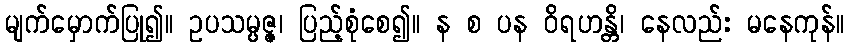
မျက်မှောက်ပြု၍။ ဥပသမ္ပဇ္ဇ၊ ပြည့်စုံစေ၍။ န စ ပန ဝိရဟန္တိ၊ နေလည်း မနေကုန်။